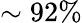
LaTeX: \sim 92\%